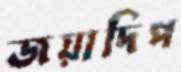
জয়াদিপ